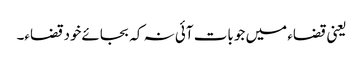
یعنی قضاء میں جو بات آئی نہ کہ بجائےخود قضاء۔